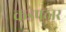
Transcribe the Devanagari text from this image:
कडेपठार